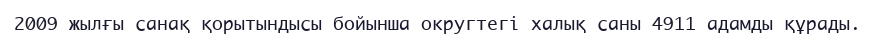
2009 жылғы санақ қорытындысы бойынша округтегі халық саны 4911 адамды құрады.